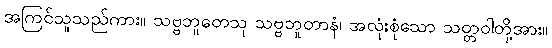
အကြင်သူသည်ကား။ သဗ္ဗဘူတေသု သဗ္ဗဘူတာနံ၊ အလုံးစုံသော သတ္တဝါတို့အား။